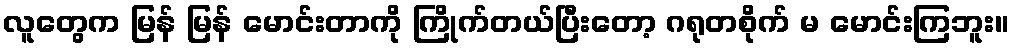
လူတွေက မြန် မြန် မောင်းတာကို ကြိုက်တယ်ပြီးတော့ ဂရုတစိုက် မ မောင်းကြဘူး။